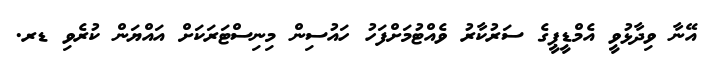
އޭނާ ވިދާޅުވީ އެމްޑީޕީގެ ސަރުކާރު ވެއްޓުމަށްފަހު ހައުސިން މިނިސްޓަރަކަށް އައްޔަން ކުރެވި ޑރ.